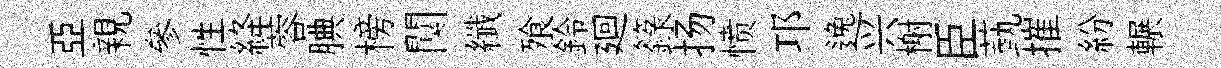
亞親參性絳蓉腆榜闃纖飱鈴廻籙扬愤邛逸兴榭臣蓺摧紛輾